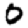
Digit: 0